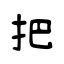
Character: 把